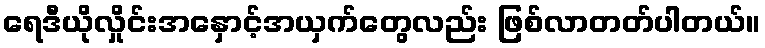
ရေဒီယိုလှိုင်းအနှောင့်အယှက်တွေလည်း ဖြစ်လာတတ်ပါတယ်။